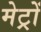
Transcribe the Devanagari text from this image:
मेट्रों